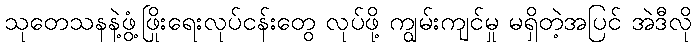
သုတေသနနဲ့ဖွံ့ဖြိုးရေးလုပ်ငန်းတွေ လုပ်ဖို့ ကျွမ်းကျင်မှု မရှိတဲ့အပြင် အဲဒီလို